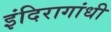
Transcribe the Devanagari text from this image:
इंदिरागांधी